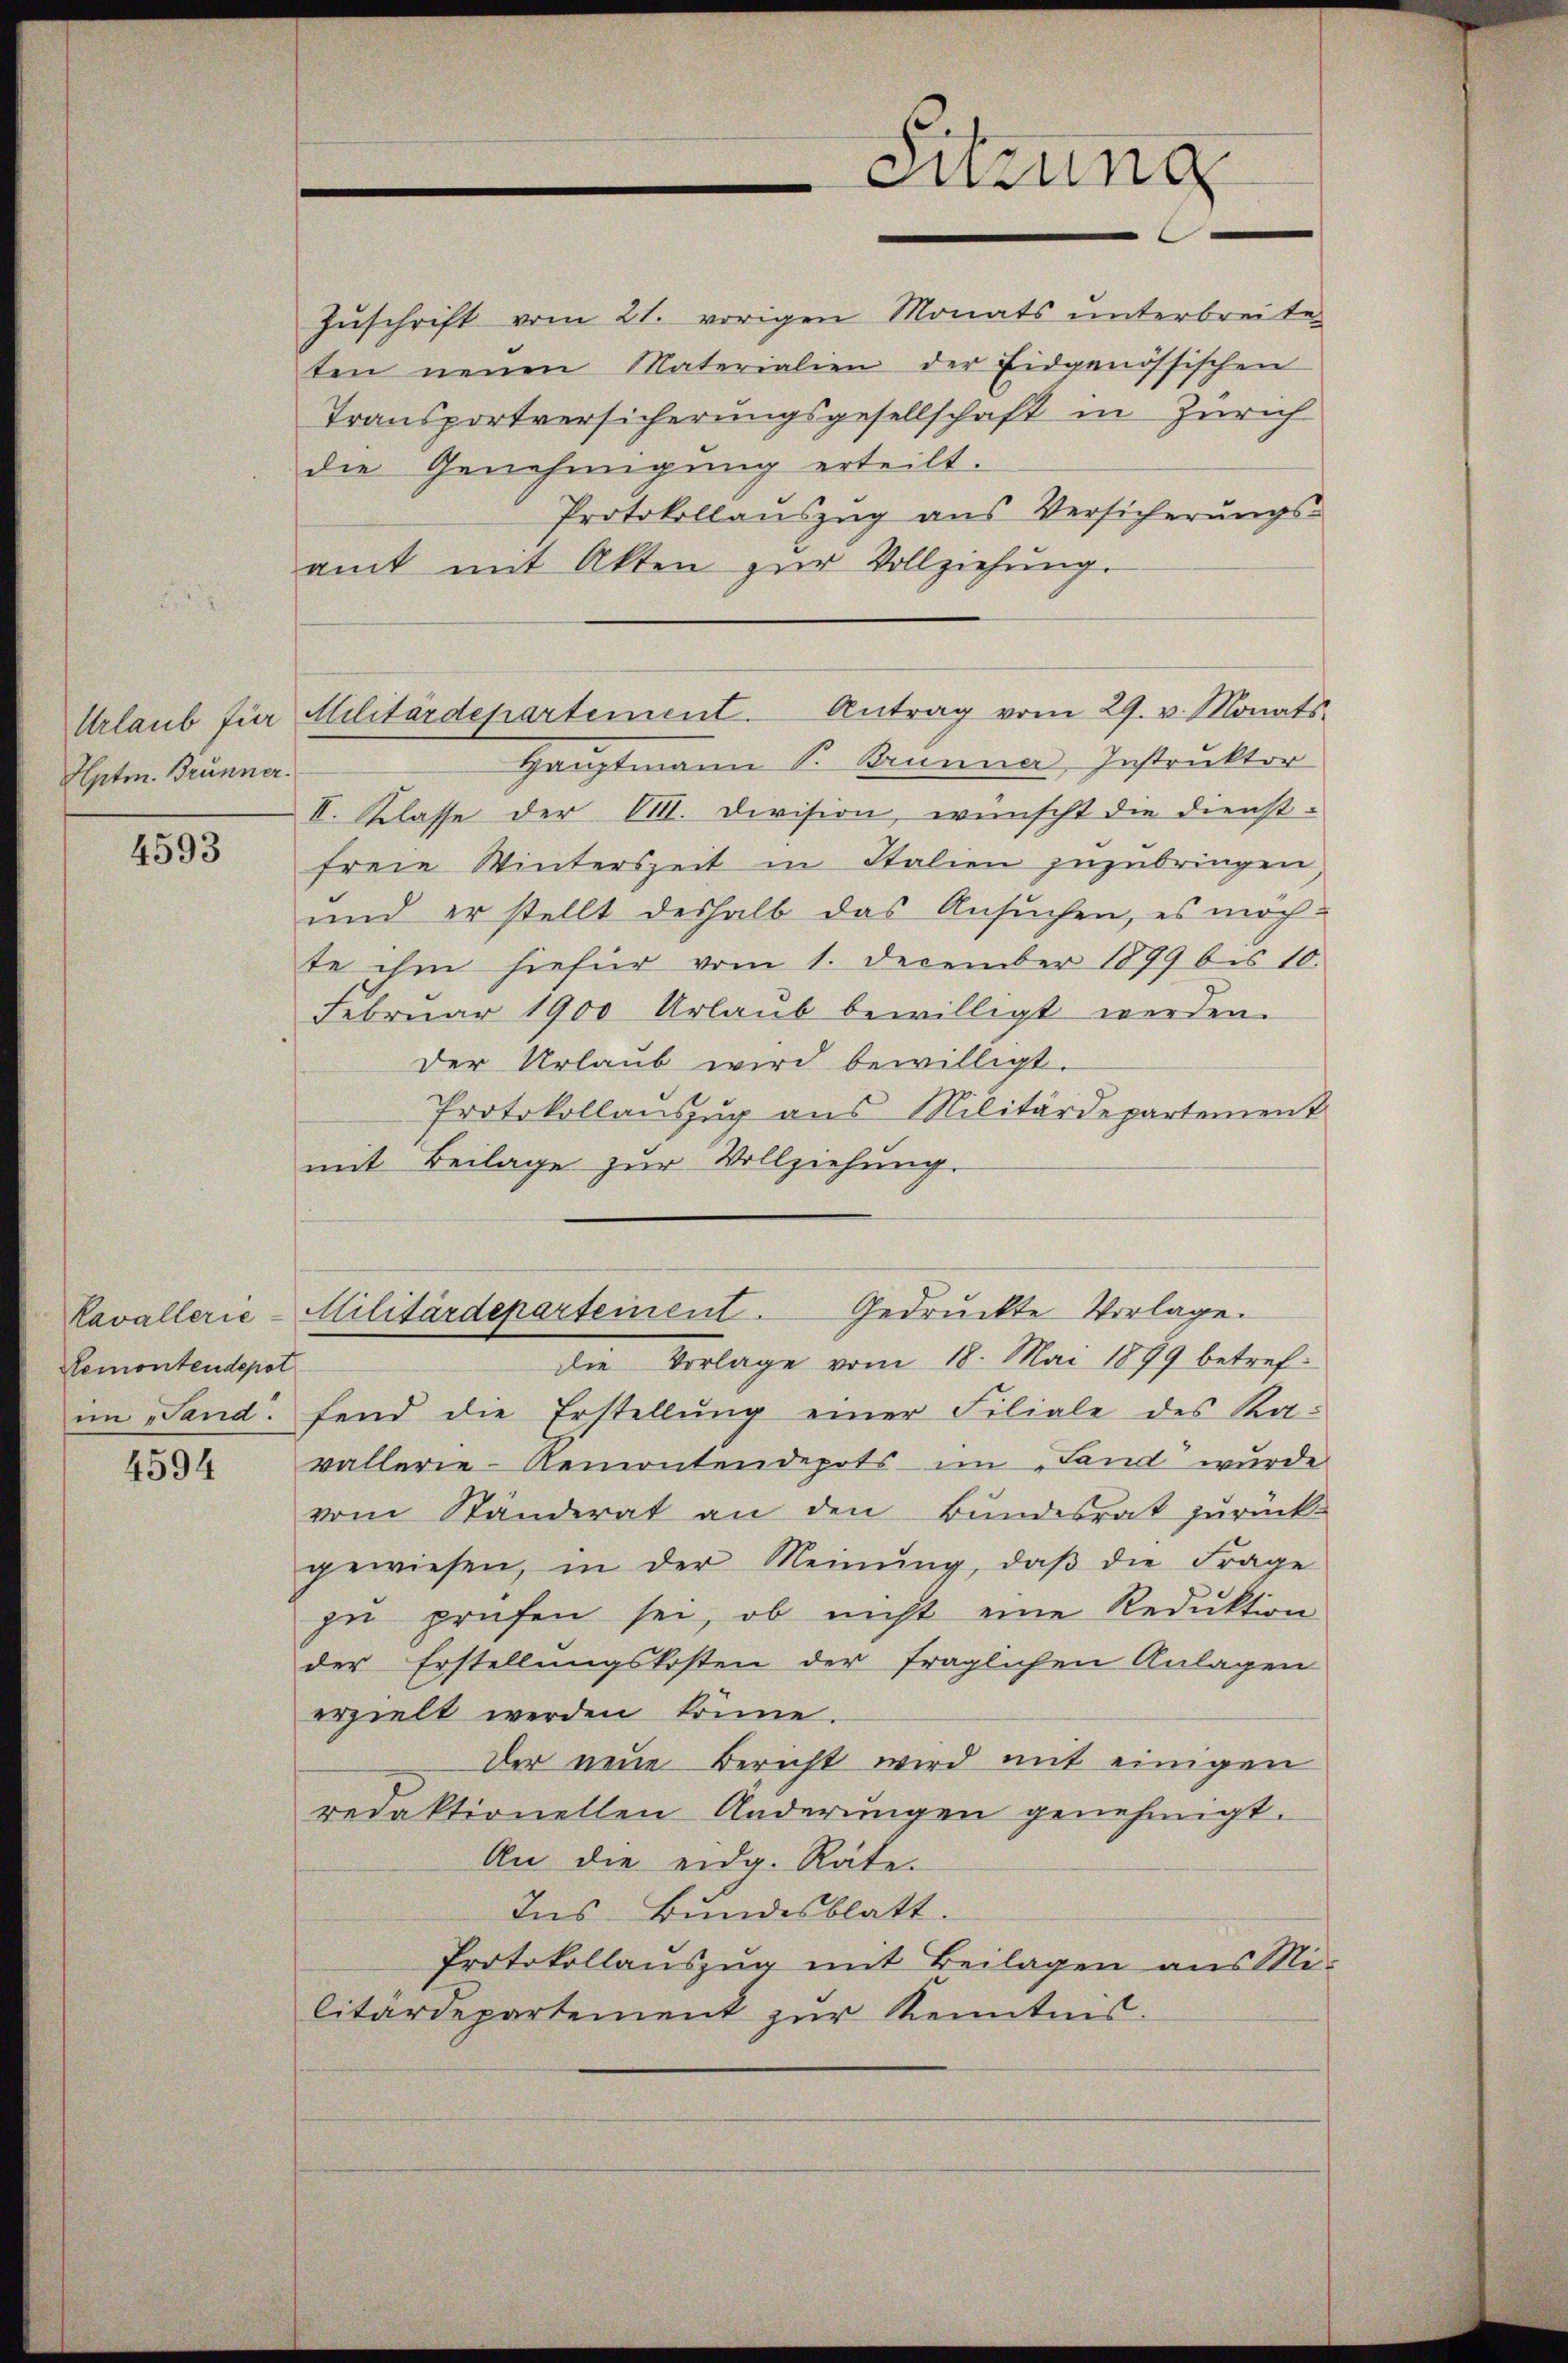
Hpten. Brunner.

4593

Remontendepot

4594

Zuschrift vom 21. vorigen Monats unterbreiten
ten neuen Materialien der Eidgenössischen
Transportversicherungsgesellschaft in Zürich
die Genehmigung erteilt.
Protokollaŭszŭg ans Versicherŭngs-
amt mit Akten zur Vollziehung.
Hauptmann P. Brunner, Instruktor
II. Klasse der VIII. Division, wünscht die Dienstfreie Winterszeit in Stalien zuzubringen
und er stellt deshalb das Ansuchen, es möchte ihm hiefür vom 1. December 1899 bis 10.
Februar 1900 Urlaub bewilligt werden.
der Urlaub wird bewilligt.
Protokollauszug aus Militärdepartement
mit Beilage zur Vollziehung.

Sitzung

Urlaub für Militärdepartement. Antrag vom 29. v. Monats

Kavallerie-Militärdeparteinent . Gedruckte Vorlage.

die Vorlage vom 18. Mai 1879 betref-
im Sand. fend die Erstellŭng einer Filiale des Ka-
vallerie-Remontendepots im „Land wurde
vom Ständerat an den Bundesrat zurück-
gewiesen, in der Meinŭng, daβ die Frage
zu prüfen sei, ob nicht eine Reduktion
der Erstellungskosten der fraglichen Anlagen
erzielt werden könne.
Der neue Bericht wird mit einigen
redaktionellen Änderungen genehmigt.
An die eidg. Räte.
Ins Bundesblatt.
Protokollauszug mit Beilagen aus Mi-
litärdepartement zur Kenntnis.